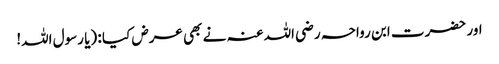
اور حضرت ابن رواحہ رضی اللہ عنہ نے بھی عرض کیا : (یا رسول اللہ!